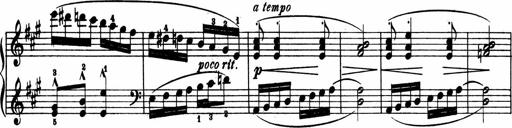
Title: 2 Sonatinen
Composer: Lambertus Adrianus van Tetterode